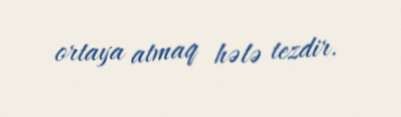
ortaya atmaq hələ tezdir.